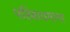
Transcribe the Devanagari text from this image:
परिबाधमाना